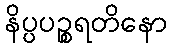
နိပ္ပပဉ္စရတိနော